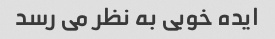
ایده خوبی به نظر می رسد